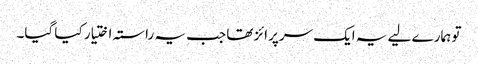
تو ہمارے لیے یہ ایک سرپرائز تھا جب یہ راستہ اختیار کیا گیا۔